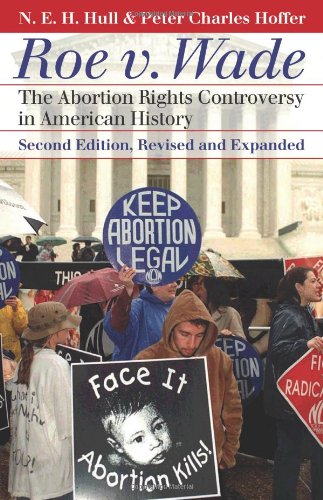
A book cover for Roe v. Wade: The Abortion Rights Controversy in American History, 2nd Edition (Landmark Law Cases and American Society); N.E.H. Hull; Politics & Social Sciences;